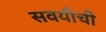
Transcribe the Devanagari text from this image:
सवयीची